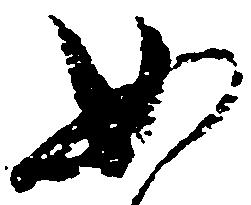
如